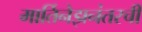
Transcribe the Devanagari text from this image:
मार्तिनेझनंतरची